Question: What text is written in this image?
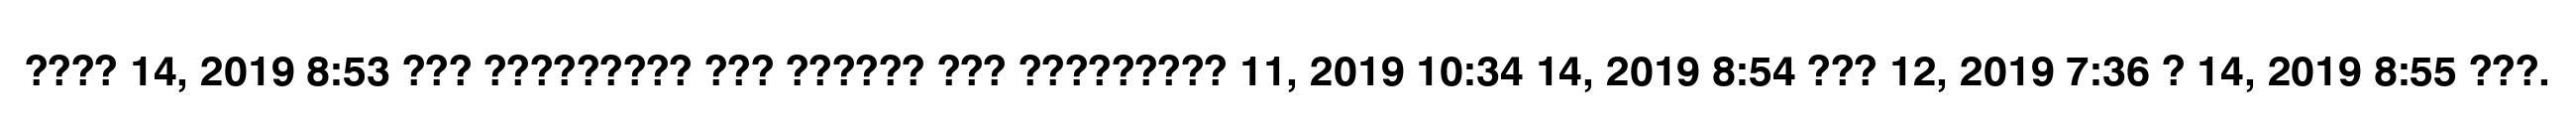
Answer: ???? 14, 2019 8:53 ??? ????????? ??? ?????? ??? ????????? 11, 2019 10:34 14, 2019 8:54 ??? 12, 2019 7:36 ? 14, 2019 8:55 ???.